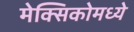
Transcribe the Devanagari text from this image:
मेक्‍सिकोमध्ये